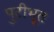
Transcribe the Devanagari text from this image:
पुटीभूत